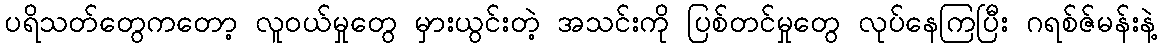
ပရိသတ်တွေကတော့ လူဝယ်မှုတွေ မှားယွင်းတဲ့ အသင်းကို ပြစ်တင်မှုတွေ လုပ်နေကြပြီး ဂရစ်ဇ်မန်းနဲ့